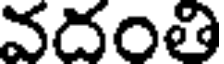
వదంతి